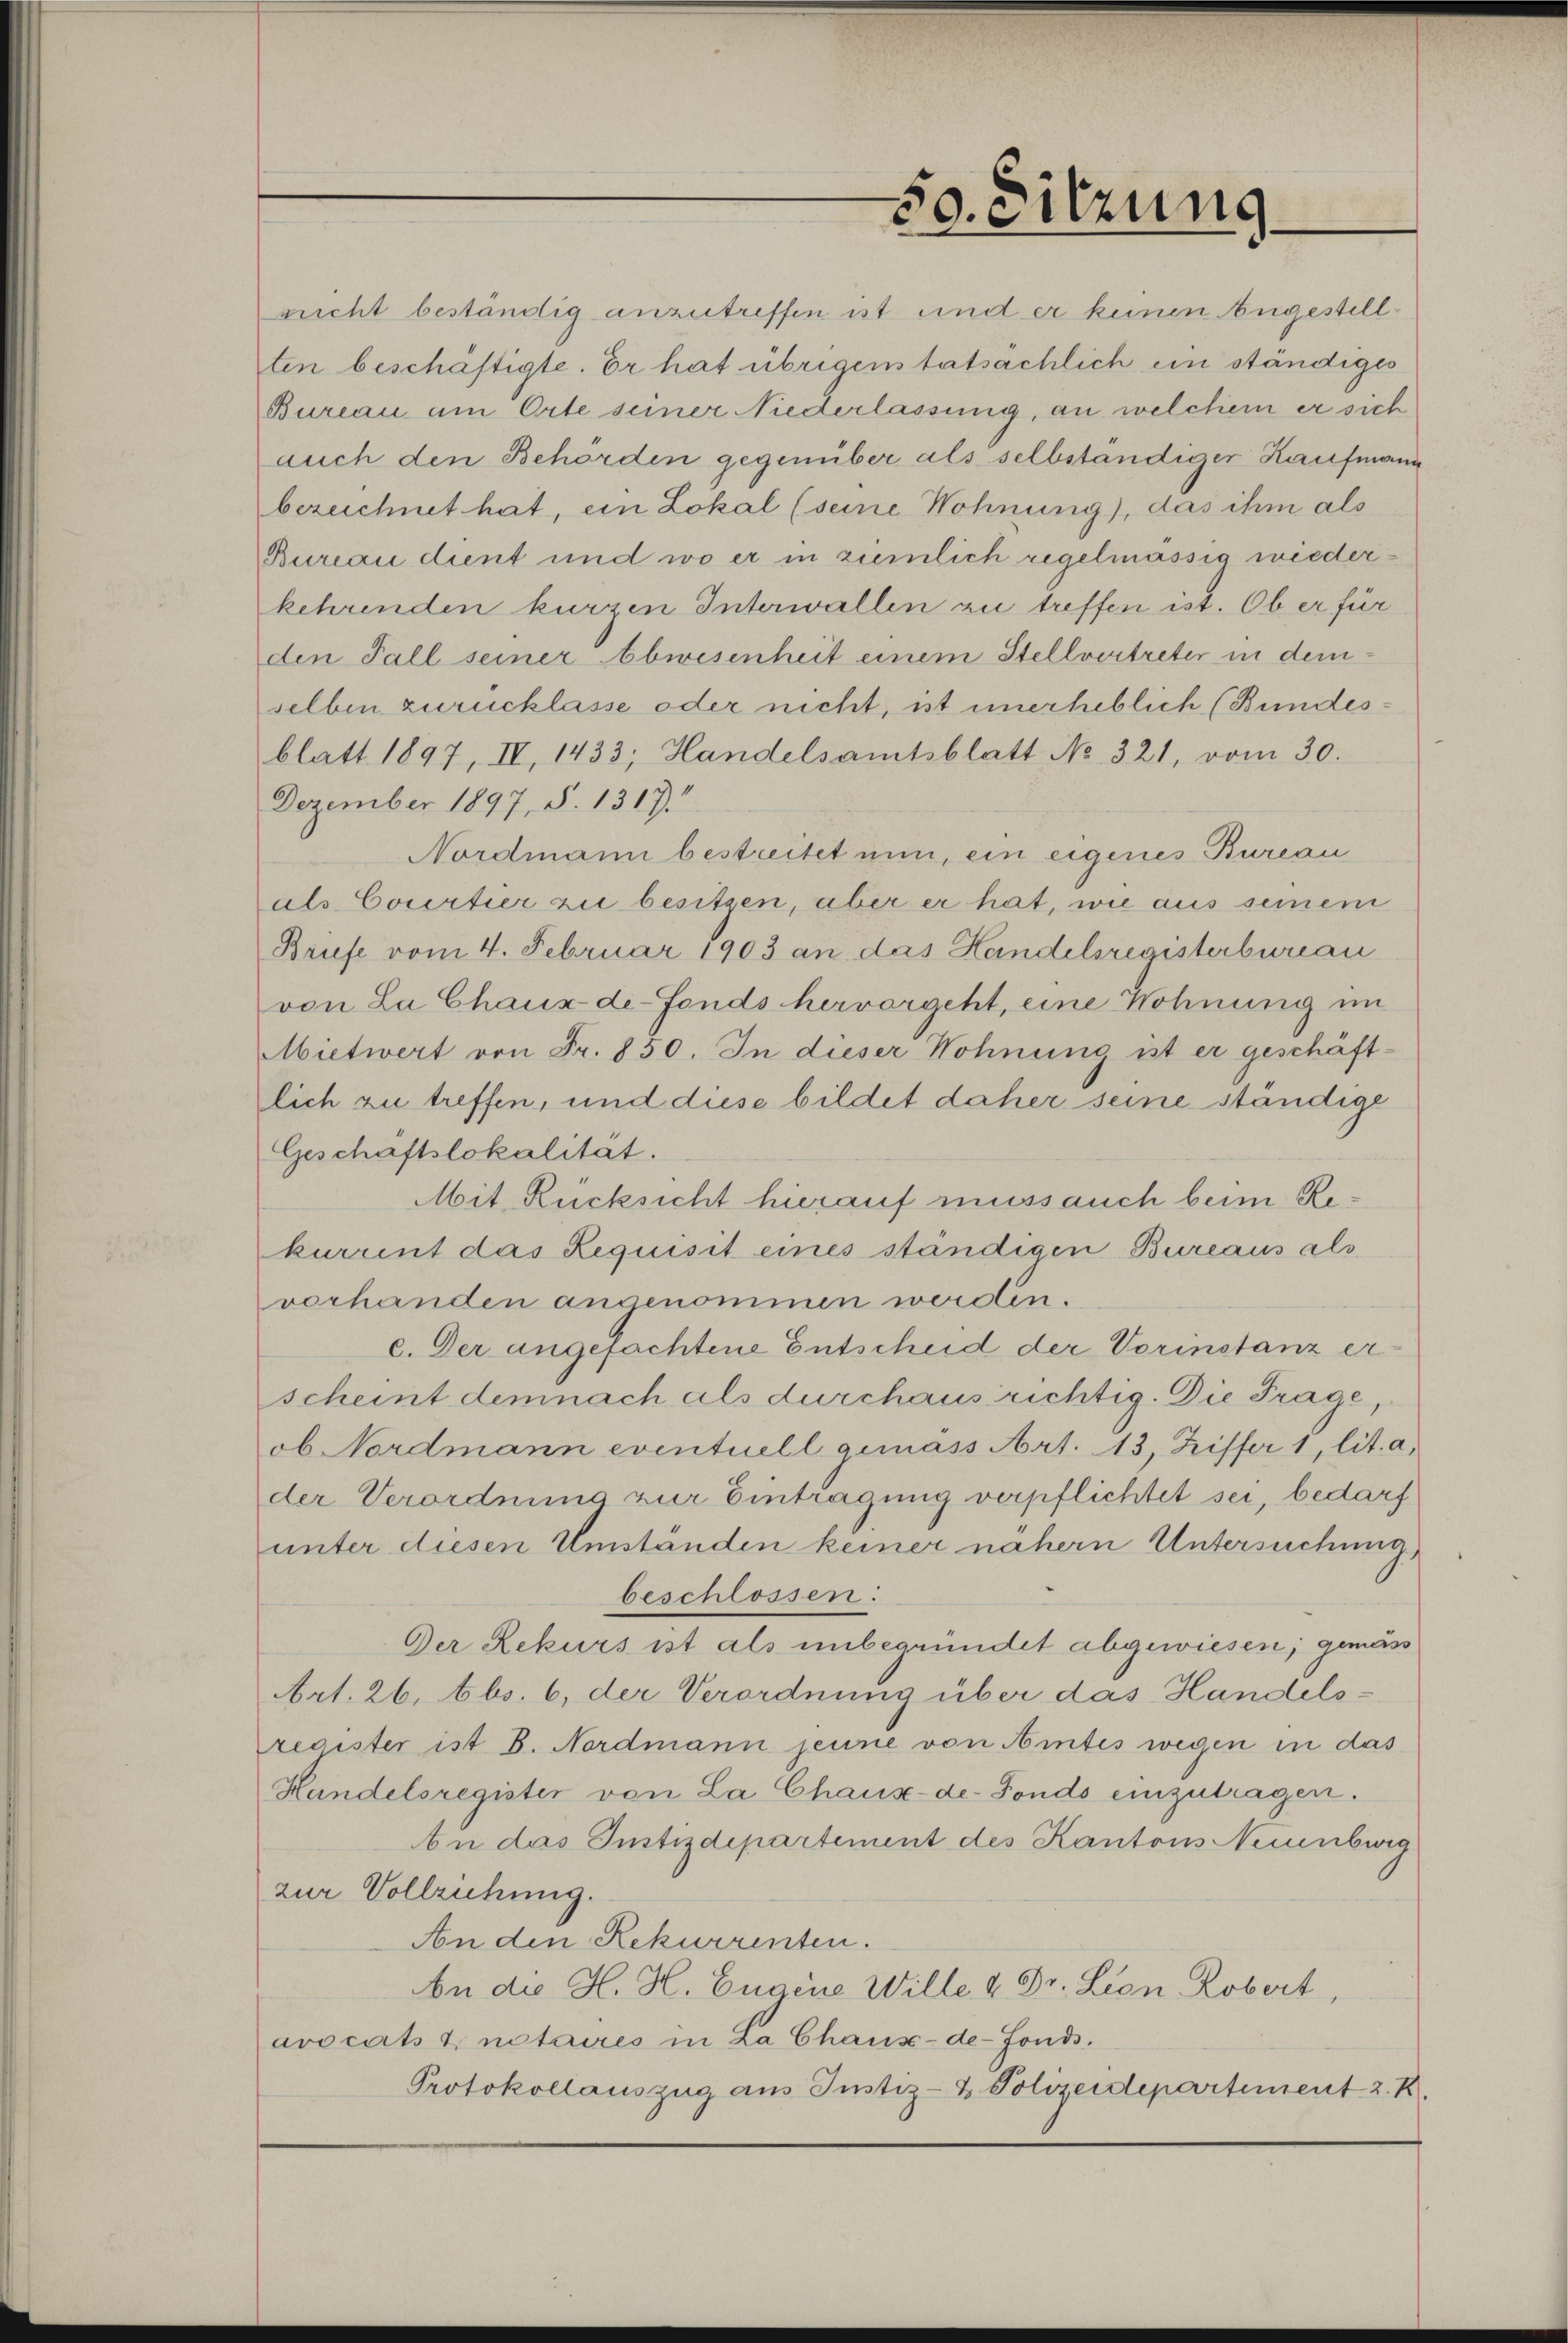
50. Sitzung

blatt 1897, IV, 1433; Handelsamtsblatt No. 321, vom 30.
Dezember 1897, S. 1317.
Nordmann bestreitet nun, ein eigenes Bureau
als Courtier zu besitzen, aber er hat, wie aus seinem
Briefe vom 4. Februar 1903 an das Handelsregisterbureau
von La Chaux de-Fonds hervorgeht, eine Hohnung im
Mietwert von Fr. 850. In dieser Wohnung ist er geschäftlich zu treffen, und diese bildet daher seine ständige
Geschaftslokalität.
Mit Rücksicht hierauf muss auch beim Rekurrent das Requisit eines ständigen Bureaus als
verhanden angenommen werden.
c. Der angefachtene Entscheid der Vorinstanz erscheint demnach als durchaus richtig. Die Frage
ob Nordmann eventuell gemäss Art. 13, Ziffer 1, lit. a,
der Verordnung zur Eintragung verpflichtet sei, bedarf
unter diesen Umstanden keiner nähern Untersuchung
beschlossen:
Der Rekurs ist als unbegründet abgewiesen; gemäss
Art. 26, Abs. 6, der Verordnung über das Handels-
register ist 8. Nordmann jeune von Amtes wegen in das
Handelsregister von La Chaux-de-Fondo einzutragen.
bn das Justizdepartement des Kantons Neuenburg
zur Vollziehung.
An den Rekurrenten.
An die H. H. Eugene Wille 4 Dr. Leon Robert,
avocats & notaires in La Chaux-de-Fonds.
Protokollauszug aus Justiz- & Polizeidepartement z. B.

nicht beständig anzutreffen ist und er keinen Angestellten beschäftigte. Er hat übrigens tatsächlich ein ständiges
Bureau am Orte seiner Niederlassung, an welchem er sich
auch den Behörden gegenüber als selbständiger Kaufmann
bezeichnet hat, ein Lokal (seine Wohnung), das ihm als
Bureau dient und wo er in ziemlich regelmässig wiederkehrenden kurzen Interwallen zu treffen ist. Ob er für
den Fall seiner Abwesenheit einem Stellvertreter in demselben zurücklasse oder nicht, ist unerheblich (Bundes¬